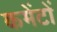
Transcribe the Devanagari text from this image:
कमेंटों